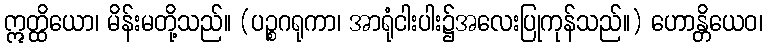
ဣတ္ထိယော၊ မိန်းမတို့သည်။ (ပဉ္စဂရုကာ၊ အာရုံငါးပါး၌အလေးပြုကုန်သည်။) ဟောန္တိယေဝ၊